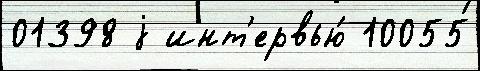
01398 j инт'ервью́ 10055